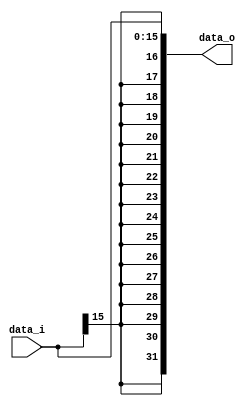
module Sign_Extend (
           data_i,
           data_o
       );

//I/O ports
input [16-1:0] data_i;

output [32-1:0] data_o;

//Internal Signals
reg [32-1:0] data_o;

//Sign extended
/*your code here*/
integer i;
always @*
begin
    for(i = 0; i < 16; i = i+1)
    begin
        data_o[i+16] = data_i[15];
        data_o[i] = data_i[i];
    end
end

endmodule